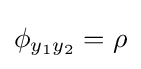
\phi _{y_{1}y_{2}}=\rho